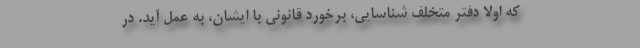
که اولا دفتر متخلف شناسایی، برخورد قانونی با ایشان، به عمل آید. در